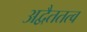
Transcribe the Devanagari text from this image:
अद्वैततत्व